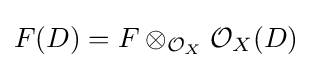
F(D)=F\otimes _{{\mathcal {O}}_{X}}{\mathcal {O}}_{X}(D)